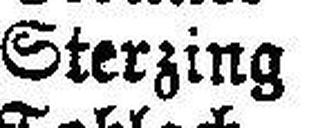
Sterzing Regen +13° C